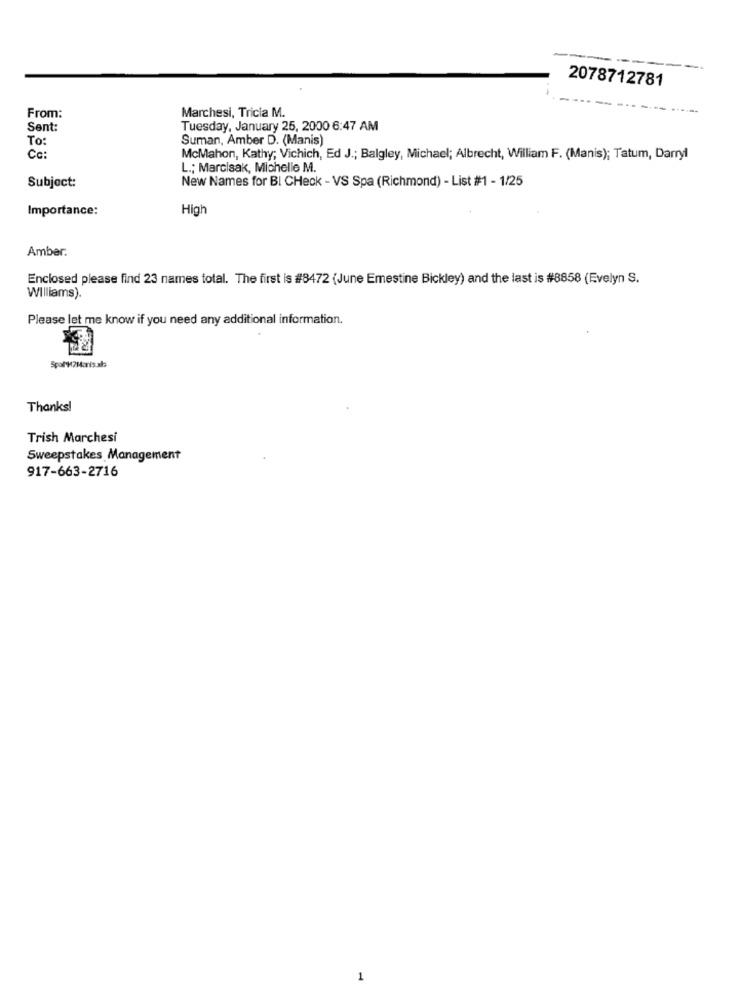
2078712781
From:
Marchesi, Tricia M.
Sent:
Tuesday, January 25, 2000 6:47 AM
To:
Suman, Amber D. (Manis)
Cc:
McMahon, Kathy; Vichich, Ed J .; Balgley, Michael; Albrecht, William F. (Manis); Tatum, Darryl
L .; Marcisak, Michelle M.
Subject:
New Names for Bl CHeck - VS Spa (Richmond) - List #1 - 1/25
Importance:
High
Amber.
Enclosed please find 23 names total. The first is #8472 (June Emestine Bickley) and the last is #8858 (Evelyn S.
Williams).
Please let me know if you need any additional information.
Thanks!
Trish Marchesi
Sweepstakes Management
917-663-2716
1